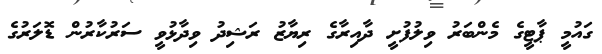
ގައުމީ ޕާޓީގެ މެންބަރު ވިލުފުށީ ދާއިރާގެ ރިޔާޒު ރަޝިދު ވިދާޅުވީ ސަރުކާރުން ޑޮލަރުގެ